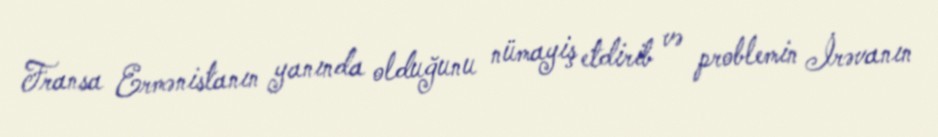
Fransa Ermənistanın yanında olduğunu nümayiş etdirib və problemin İrəvanın